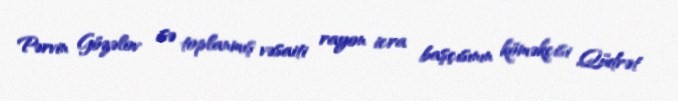
Pərvin Gözəlov isə toplanmış vəsaiti rayon icra başçısının köməkçisi Qüdrət